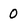
Character: 0